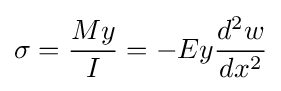
\sigma ={\frac {My}{I}}=-Ey{\frac {d^{2}w}{dx^{2}}}